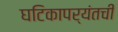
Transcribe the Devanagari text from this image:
घटिकापर्यंतची